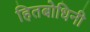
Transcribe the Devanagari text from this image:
हितबोधिनी